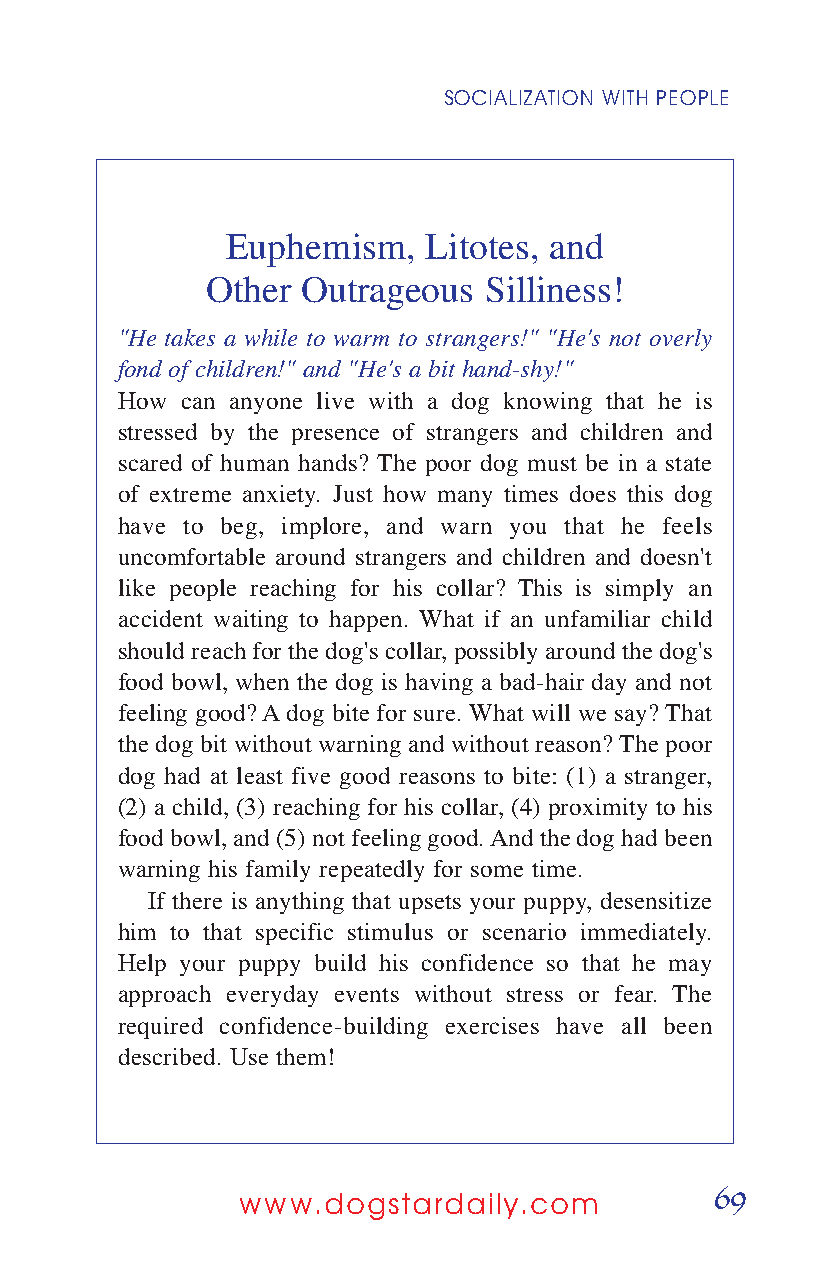
SOCIALIZATION WITH PEOPLE
 Euphemism,   Litotes, and
 Other Outrageous  Silliness!
 "He takes a while to warm to strangers!" "He's not overly
 fond of children!" and "He's a bit hand-shy!"
 How can anyone live with a dog knowing that he is
 stressed by the presence of strangers and children and
 scared of human hands? The poor dog must be in a state
 of extreme anxiety. Just how many times does this dog
 have to beg, implore, and warn you that he feels
 uncomfortable around strangers and children and doesn't
 like people reaching for his collar? This is simply an
 accident waiting to happen. What if an unfamiliar child
 should reach for the dog's collar, possibly around the dog's
 food bowl, when the dog is having a bad-hair day and not
 feeling good? Adog bite for sure. What will we say? That
 the dog bit without warning and without reason? The poor
 dog had at least five good reasons to bite: (1) a stranger,
 (2) a child, (3) reaching for his collar, (4) proximity to his
 food bowl, and (5) not feeling good. And the dog had been
 warning his family repeatedly for some time.
 If there is anything that upsets your puppy, desensitize
 him to that specific stimulus or scenario immediately.
 Help your puppy build his confidence so that he may
 approach everyday events without stress or fear. The
 required confidence-building exercises have all been
 described. Use them!
 69
 www.dogstardaily.com